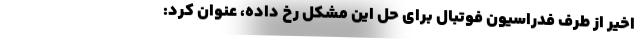
اخیر از طرف فدراسیون فوتبال برای حل این مشکل رخ داده، عنوان کرد: